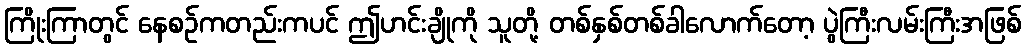
ကြိုးကြာတွင် နေစဉ်ကတည်းကပင် ဤဟင်းချိုကို သူတို့ တစ်နှစ်တစ်ခါလောက်တော့ ပွဲကြီးလမ်းကြီးအဖြစ်